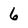
Character: 6